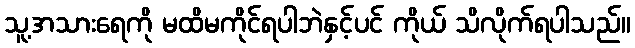
သူ့အသားရေကို မထိမကိုင်ရပါဘဲနှင့်ပင် ကိုယ် သိလိုက်ရပါသည်။